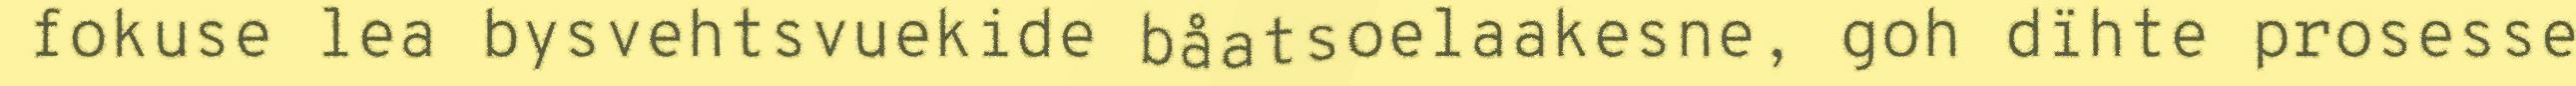
fokuse lea bysvehtsvuekide båatsoelaakesne, goh dïhte prosesse